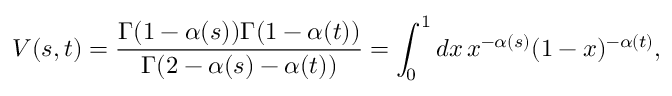
V ( s , t ) = \frac { \Gamma ( 1 - \alpha ( s ) ) \Gamma ( 1 - \alpha ( t ) ) } { \Gamma ( 2 - \alpha ( s ) - \alpha ( t ) ) } = \int _ { 0 } ^ { 1 } d x \, x ^ { - \alpha ( s ) } ( 1 - x ) ^ { - \alpha ( t ) } ,